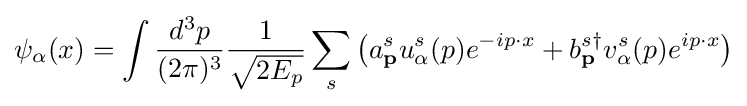
\psi _{\alpha }(x)=\int {\frac {d^{3}p}{(2\pi )^{3}}}{\frac {1}{\sqrt {2E_{p}}}}\sum _{s}\left(a_{\mathbf {p} }^{s}u_{\alpha }^{s}(p)e^{-ip\cdot x}+b_{\mathbf {p} }^{s\dagger }v_{\alpha }^{s}(p)e^{ip\cdot x}\right)